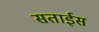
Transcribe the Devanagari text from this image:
सताईस